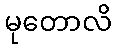
မုတောလိ